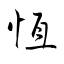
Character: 恆